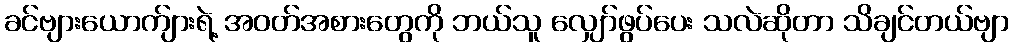
ခင်ဗျားယောက်ျားရဲ့ အဝတ်အစားတွေကို ဘယ်သူ လျှော်ဖွပ်ပေး သလဲဆိုတာ သိချင်တယ်ဗျာ